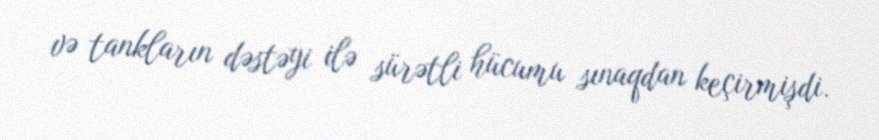
və tankların dəstəyi ilə sürətli hücumu sınaqdan keçirmişdi.